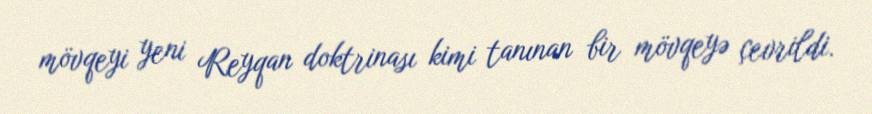
mövqeyi yeni Reyqan doktrinası kimi tanınan bir mövqeyə çevrildi.